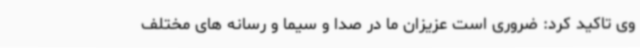
وی تاکید کرد: ضروری است عزیزان ما در صدا و سیما و رسانه های مختلف